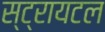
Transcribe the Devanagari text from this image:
स्ट्रायटल